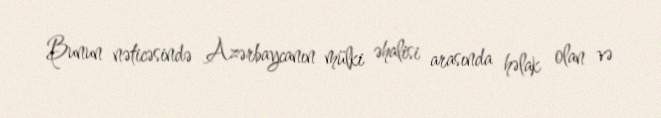
Bunun nəticəsində Azərbaycanın mülki əhalisi arasında həlak olan və